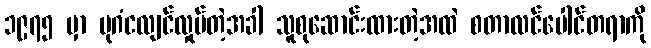
၁၉၇၅ မှာ ပုဂံငလျင်လှုပ်တဲ့အခါ သူစုဆောင်းထားတဲ့အထဲ စတာလင်ပေါင်တရာကို